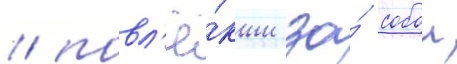
/ повл'ё́кши за́ собои